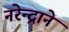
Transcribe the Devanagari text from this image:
नरेन्द्राने